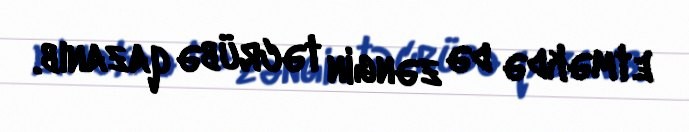
etməkdə də zəngin təcrübə qazanıb.